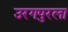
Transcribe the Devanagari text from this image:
उरगपुरला